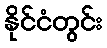
နိုင်ငံတွင်း